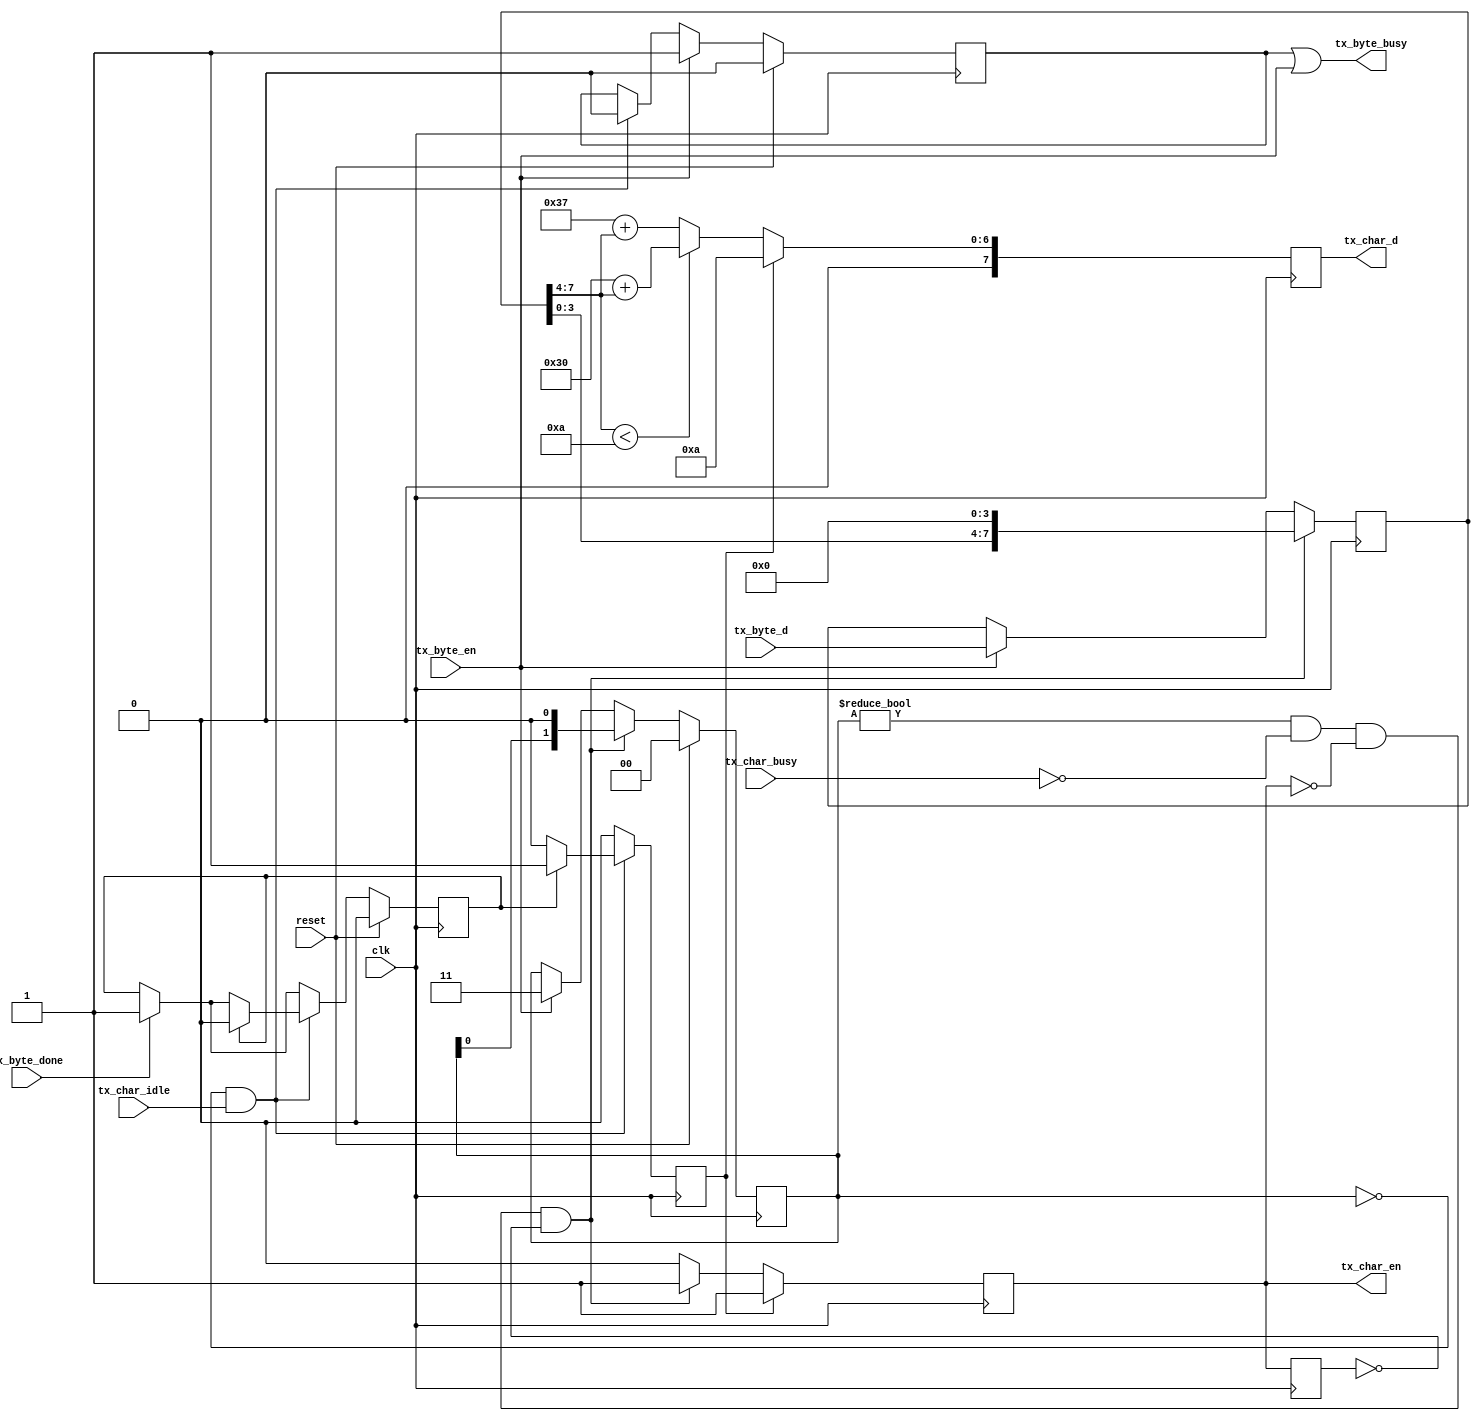
/* ****************************************************************************
-- Source file: mesa_byte2ascii.v                
-- Date:        October 4, 2015
-- Author:      khubbard
-- Description: Convert a binary byte to two ASCII nibs for UART transmission.
--              Must handshake with both byte sender and UART for busy status.
--              Also tracks a tx_done signal that queues up a "\n" to be sent.
-- Language:    Verilog-2001
-- Simulation:  Mentor-Modelsim 
-- Synthesis:   Lattice     
-- License:     This project is licensed with the CERN Open Hardware Licence
--              v1.2.  You may redistribute and modify this project under the
--              terms of the CERN OHL v.1.2. (http://ohwr.org/cernohl).
--              This project is distributed WITHOUT ANY EXPRESS OR IMPLIED
--              WARRANTY, INCLUDING OF MERCHANTABILITY, SATISFACTORY QUALITY
--              AND FITNESS FOR A PARTICULAR PURPOSE. Please see the CERN OHL
--              v.1.2 for applicable Conditions.
--
-- Revision History:
-- Ver#  When      Who      What
-- ----  --------  -------- ---------------------------------------------------
-- 0.1   10.04.15  khubbard Creation
-- ***************************************************************************/
`default_nettype none // Strictly enforce all nets to be declared

module mesa_byte2ascii
(
  input  wire         clk,
  input  wire         reset,
  input  wire [7:0]   tx_byte_d,
  input  wire         tx_byte_en,
  output wire         tx_byte_busy,
  input  wire         tx_byte_done,
  output reg  [7:0]   tx_char_d,
  output wire         tx_char_en,
  input  wire         tx_char_busy,
  input  wire         tx_char_idle
);// module mesa_byte2ascii

  reg           tx_done_jk;
  reg           tx_done_char;
  reg           tx_en;
  reg           tx_en_p1;
  reg           tx_busy_jk;
  reg  [1:0]    tx_fsm;
  reg  [7:0]    tx_byte_sr;
  wire          tx_uart_busy;
  reg           tx_uart_busy_p1;
  reg  [7:0]    tx_uart_busy_sr;
  wire [3:0]    tx_nib_bin;

  `define ascii_lf       8'H0a
 
  assign tx_uart_busy = tx_char_busy;
  assign tx_char_en   = tx_en;
  assign tx_byte_busy = tx_busy_jk | tx_byte_en;

//-----------------------------------------------------------------------------
// When a binary byte is sent to transmit, immediately assert tx_busy
// then convert 1of2 nibbles to ASCII and send out until byte is done.
// If tx_done asserts, wait for tx_busy to drop and then send a "\n".
// 0x30 = "0"
// 0x39 = "9"
// 0x41 = "A"
// 0x46 = "F"
// 0x61 = "a"
// 0x66 = "f"
//-----------------------------------------------------------------------------
always @ ( posedge clk ) begin : proc_tx  
  tx_done_char    <= 0;
  tx_en           <= 0;
  tx_en_p1        <= tx_en;
  tx_uart_busy_p1 <= tx_uart_busy;
  tx_uart_busy_sr <= { tx_uart_busy_sr[6:0], tx_uart_busy };

  // Remember that the transmission was complete to queue up a "\n"
  if ( tx_byte_done == 1 ) begin
    tx_done_jk <= 1;
  end

  // Deassert tx_busy_jk on falling edge of UART busy when no more nibbles
//if ( tx_fsm == 2'b00 && tx_uart_busy_p1 == 1 && tx_uart_busy == 0 ) begin
  if ( tx_fsm == 2'b00 && 
       tx_char_idle == 1   ) begin
//     tx_uart_busy_sr[7:6] == 2'b10 && 
//     tx_uart_busy == 0                 ) begin
    tx_busy_jk <= 0;
    if ( tx_done_jk == 1 ) begin
      tx_done_char <= 1;
      tx_done_jk   <= 0;
    end
  end 

  // Queue up a binary byte to convert to ASCII as 2 nibbles for UART 
  if ( tx_byte_en == 1 ) begin
    tx_busy_jk <= 1;
    tx_fsm     <= 2'b11;
    tx_byte_sr <= tx_byte_d[7:0];
  end

  // Shift out a nibble when ready
  if ( tx_fsm != 2'b00 && tx_uart_busy == 0 && 
       tx_en == 0 && tx_en_p1 == 0 ) begin
    tx_en       <= 1;// Send tx_char_d[7:0] to UART 
    tx_fsm[1:0] <= { tx_fsm[0], 1'b0 };
    tx_byte_sr  <= { tx_byte_sr[3:0], 4'd0 };// Nibble Shift
  end

  // tx_char_d[7:0] is ASCII converted version of tx_nib_bin[3:0]
  if ( tx_nib_bin < 4'hA ) begin
    tx_char_d[7:0] <= 8'h30 + tx_nib_bin[3:0];// 0x30-0x00=0x30 (duh)
  end else begin
    tx_char_d[7:0] <= 8'h37 + tx_nib_bin[3:0];// 0x41-0x0A=0x37
  end

  // Was a "\n" queued up? Send it now
  if ( tx_done_char == 1 ) begin
    tx_char_d[7:0] <= `ascii_lf; // aka "\n"
    tx_en          <= 1;
  end

  if ( reset == 1 ) begin
    tx_busy_jk <= 0;
    tx_done_jk <= 0;
    tx_fsm     <= 2'b00;
  end 
end
  assign tx_nib_bin = tx_byte_sr[7:4];


endmodule // mesa_byte2ascii